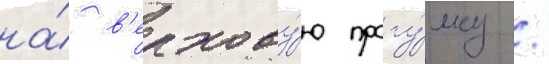
на́ в'ерхову́ю прогу́лку /